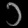
Digit: ၁